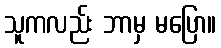
သူကလည်း ဘာမှ မပြော။